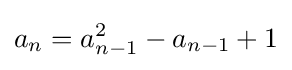
a_{n}=a_{n-1}^{2}-a_{n-1}+1